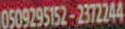
0509295152-2372244